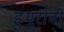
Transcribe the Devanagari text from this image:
हुमुराबी